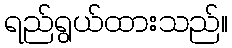
ရည်ရွယ်ထားသည်။